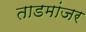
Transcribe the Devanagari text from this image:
ताडमांजर